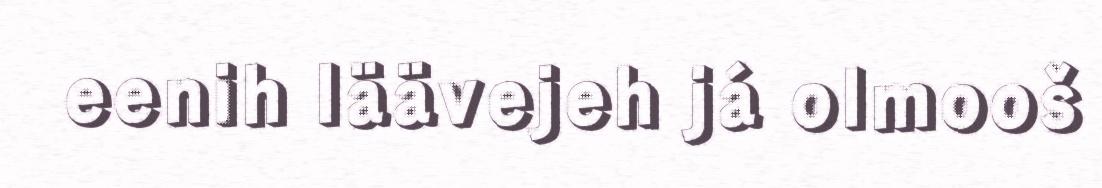
eenih läävejeh já olmooš